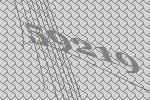
59219